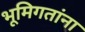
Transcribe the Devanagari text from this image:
भूमिगतांना